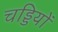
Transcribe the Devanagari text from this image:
चड्डियों